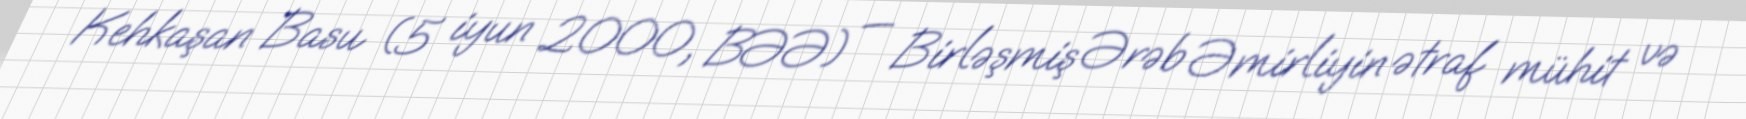
Kehkaşan Basu (5 iyun 2000, BƏƏ) — Birləşmiş Ərəb Əmirliyin ətraf mühit və